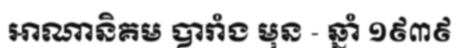
អាណានិគម បារាំង មុន - ឆ្នាំ ១៩៣៩